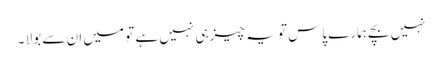
نہیں بچے ہمارے پاس تو یہ چیز ہی نہیں ہے تو میں ان سے بولا ۔